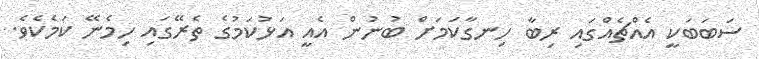
ސަބަބަކީ އެއްޗެއްގައި ރިބާ ހިނގާކަމަށް ބުނުން އެއީ އަޅުކަމުގެ ތެރޭގައި ހިމެނޭ ކަމެކެވެ.